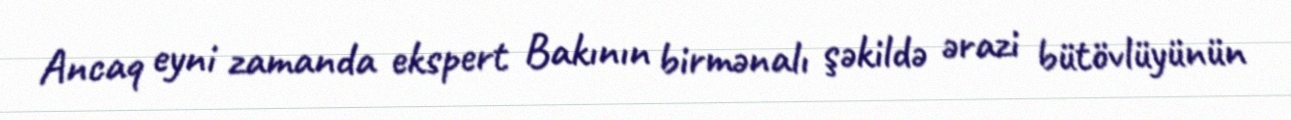
Ancaq eyni zamanda ekspert Bakının birmənalı şəkildə ərazi bütövlüyünün